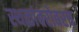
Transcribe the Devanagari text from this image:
स्थळांबरोबरच